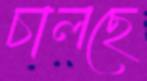
চালছে